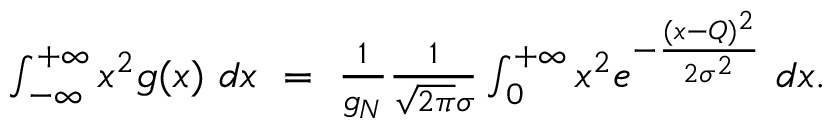
\begin{array} { r } { \int _ { - \infty } ^ { + \infty } x ^ { 2 } g ( x ) \ d x \ = \ \frac { 1 } { g _ { N } } \frac { 1 } { \sqrt { 2 \pi } \sigma } \int _ { 0 } ^ { + \infty } x ^ { 2 } e ^ { - \frac { ( x - Q ) ^ { 2 } } { 2 \sigma ^ { 2 } } } \ d x . } \end{array}